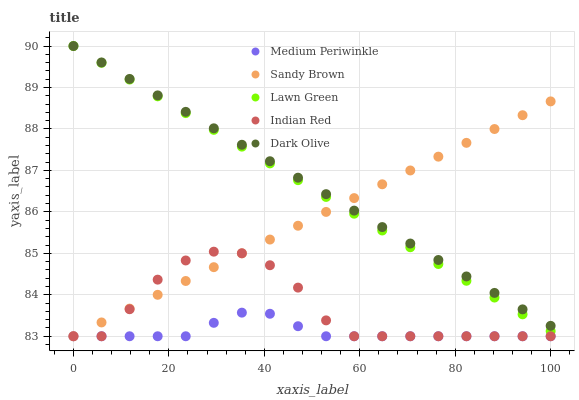
| xaxis_label | Medium Periwinkle | Sandy Brown | Lawn Green | Indian Red | Dark Olive |
 | --- | --- | --- | --- | --- | --- |
 | 0 | 83 | 83 | 90 | 83 | 90 |
 | 5.88 | 83 | 83.3 | 89.6 | 83 | 89.6 |
 | 11.8 | 83 | 83.7 | 89.2 | 83.7 | 89.2 |
 | 17.6 | 83 | 84 | 88.8 | 84.4 | 88.8 |
 | 23.5 | 83 | 84.3 | 88.4 | 84.8 | 88.4 |
 | 29.4 | 83.3 | 84.7 | 88 | 85 | 88 |
 | 35.3 | 83.6 | 85 | 87.6 | 85 | 87.6 |
 | 41.2 | 83.5 | 85.3 | 87.2 | 84.7 | 87.2 |
 | 47.1 | 83.2 | 85.7 | 86.8 | 84.2 | 86.8 |
 | 52.9 | 83 | 86 | 86.4 | 83.4 | 86.4 |
 | 58.8 | 83 | 86.3 | 86 | 83 | 86 |
 | 64.7 | 83 | 86.7 | 85.6 | 83 | 85.6 |
 | 70.6 | 83 | 87 | 85.1 | 83 | 85.2 |
 | 76.5 | 83 | 87.3 | 84.7 | 83 | 84.8 |
 | 82.4 | 83 | 87.7 | 84.3 | 83 | 84.4 |
 | 88.2 | 83 | 88 | 83.9 | 83 | 84 |
 | 94.1 | 83 | 88.3 | 83.5 | 83 | 83.6 |
 | 100 | 83 | 88.7 | 83.1 | 83 | 83.3 |